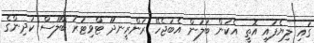
ގައި ލިޔެފައި އޮތީ އެކަން ބަލަން އެބަޖެހޭ ރަންރީނދޫ ޓްވިޓަރު ބްލޫސް ކުދިންގެ